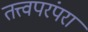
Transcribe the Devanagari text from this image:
तत्त्वपरंपरा